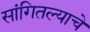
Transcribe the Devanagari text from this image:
सांगितल्याचे